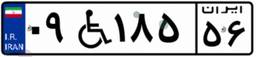
۵۸W۷۸۱۰۰